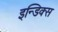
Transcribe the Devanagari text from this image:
इन्डिक्स